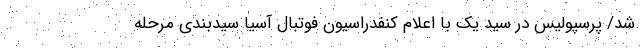
شد/ پرسپولیس در سید یک با اعلام کنفدراسیون فوتبال آسیا سیدبندی مرحله